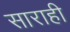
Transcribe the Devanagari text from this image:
साराही